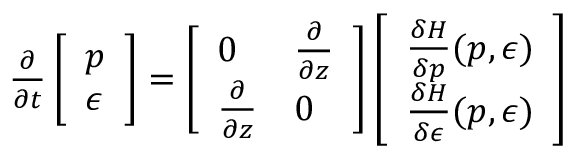
\begin{array} { r } { \frac { \partial } { \partial t } \left[ \begin{array} { l } { p } \\ { \epsilon } \end{array} \right] = \left[ \begin{array} { l l } { 0 } & { \frac { \partial } { \partial z } } \\ { \frac { \partial } { \partial z } } & { 0 } \end{array} \right] \left[ \begin{array} { l } { \frac { \delta H } { \delta p } ( p , \epsilon ) } \\ { \frac { \delta H } { \delta \epsilon } ( p , \epsilon ) } \end{array} \right] } \end{array}